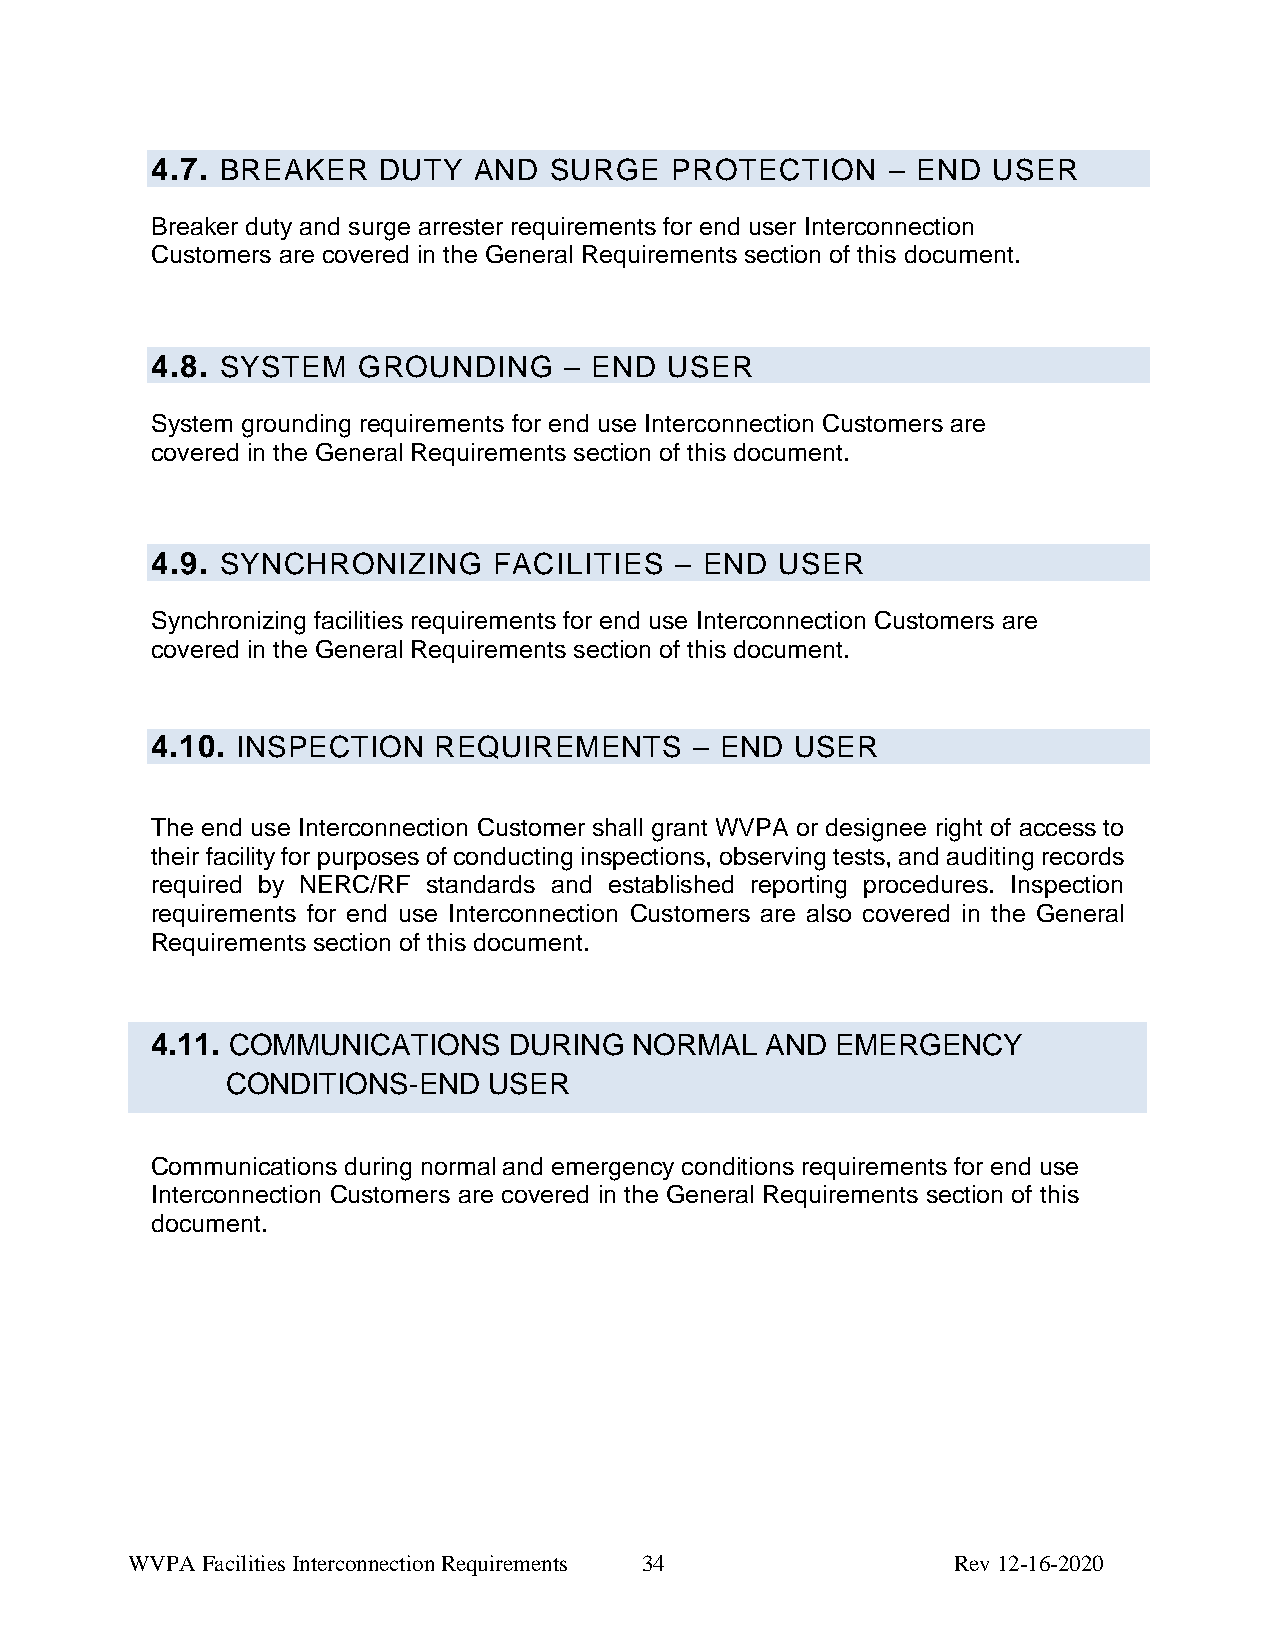
4.7. BREAKER   DUTY  AND  SURGE   PROTECTION     – END  USER
 Breaker duty and surge arrester requirements for end user Interconnection
 Customers are covered in the General Requirements section of this document.
 4.8. SYSTEM   GROUNDING    – END  USER
 System grounding requirements for end use Interconnection Customers are
 covered in the General Requirements section of this document.
 4.9. SYNCHRONIZING     FACILITIES  – END  USER
 Synchronizing facilities requirements for end use Interconnection Customers are
 covered in the General Requirements section of this document.
 4.10. INSPECTION   REQUIREMENTS     – END  USER
 The end use Interconnection Customer shall grant WVPA or designee right of access to
 their facility for purposes of conducting inspections, observing tests, and auditing records
 required by NERC/RF standards and established reporting procedures. Inspection
 requirements for end use Interconnection Customers are also covered in the General
 Requirements section of this document.
 4.11. COMMUNICATIONS    DURING  NORMAL   AND EMERGENCY
 CONDITIONS-END   USER
 Communications during normal and emergency conditions requirements for end use
 Interconnection Customers are covered in the General Requirements section of this
 document.
 WVPA Facilities Interconnection Requirements 34        Rev 12-16-2020